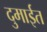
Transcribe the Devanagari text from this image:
दुमाईत